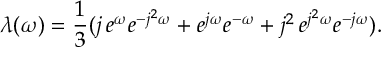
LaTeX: \lambda ( \omega ) = { \frac 1 3 } ( j \, e ^ { \omega } e ^ { - j ^ { 2 } \omega } + e ^ { j \omega } e ^ { - \omega } + j ^ { 2 } \, e ^ { j ^ { 2 } \omega } e ^ { - j \omega } ) .